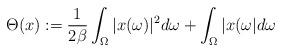
LaTeX: \begin{align*}\Theta(x):= \frac{1}{2\beta} \int_\Omega |x(\omega)|^2 d\omega +\int_\Omega |x(\omega| d\omega\end{align*}